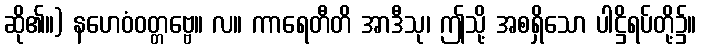
ဆို၏။) နဟေဝံဝတ္တဗ္ဗေ။ လ။ ကာရေတီတိ အာဒီသု၊ ဤသို့ အစရှိသော ပါဋ္ဌိရပ်တို့၌။